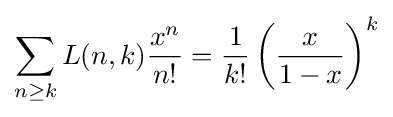
\sum _{n\geq k}L(n,k){\frac {x^{n}}{n!}}={\frac {1}{k!}}\left({\frac {x}{1-x}}\right)^{k}